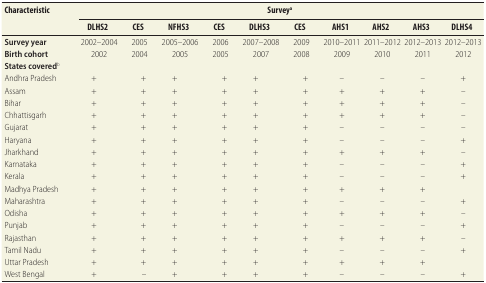
| <ROWSPAN=2> Characteristic | <COLSPAN=10> Surveya |
 | DLHS2 | CES | NFHS3 | CES | DLHS3 | CES | AHS1 | AHS2 | AHS3 | DLHS4 |
 | --- | --- | --- | --- | --- | --- | --- | --- | --- | --- | --- |
 | Survey year | 2002–2004 | 2005 | 2005–2006 | 2006 | 2007–2008 | 2009 | 2010–2011 | 2011–2012 | 2012–2013 | 2012–2013 |
 | Birth cohort | 2002 | 2004 | 2005 | 2005 | 2007 | 2008 | 2009 | 2010 | 2011 | 2012 |
 | States coveredb |  |  |  |  |  |  |  |  |  |  |
 | Andhra Pradesh | + | + | + | + | + | + | – | – | – | + |
 | Assam | + | + | + | + | + | + | + | + | + | – |
 | Bihar | + | + | + | + | + | + | + | + | + | – |
 | Chhattisgarh | + | + | + | + | + | + | + | + | + | – |
 | Gujarat | + | + | + | + | + | + | – | – | – | – |
 | Haryana | + | + | + | + | + | + | – | – | – | + |
 | Jharkhand | + | + | + | + | + | + | + | + | + | – |
 | Karnataka | + | + | + | + | + | + | – | – | – | + |
 | Kerala | + | + | + | + | + | + | – | – | – | + |
 | Madhya Pradesh | + | + | + | + | + | + | + | + | + |  |
 | Maharashtra | + | + | + | + | + | + | – | – | – | + |
 | Odisha | + | + | + | + | + | + | + | + | + | – |
 | Punjab | + | + | + | + | + | + | – | – | – | + |
 | Rajasthan | + | + | + | + | + | + | + | + | + | – |
 | Tamil Nadu | + | + | + | + | + | + | – | – | – | + |
 | Uttar Pradesh | + | + | + | + | + | + | + | + | + |  |
 | West Bengal | + | – | + | + | + | + | – | – | – | + |